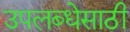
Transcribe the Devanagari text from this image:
उपलब्धेसाठी